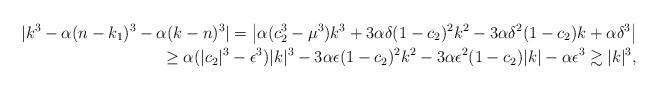
LaTeX: \begin{align*}|k^3 - \alpha(n-k_1)^3 - \alpha (k - n)^3| = \left|\alpha(c_2^3 - \mu^3 )k^3 + 3\alpha \delta (1-c_2)^2 k^2 - 3\alpha \delta^2 (1-c_2) k + \alpha\delta^3 \right| \\ \geq \alpha(|c_2|^3 - \epsilon^3)|k|^3 - 3\alpha \epsilon(1-c_2)^2 k^2 - 3 \alpha \epsilon^2 (1-c_2) |k| - \alpha \epsilon^3 \gtrsim |k|^3,\end{align*}